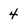
Character: 4